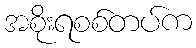
အစိုးရစစ်တပ်က